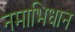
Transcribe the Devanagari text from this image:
नमाभिधान